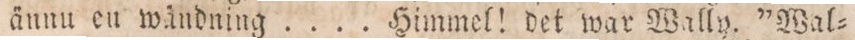
ännu en wändning .... Himmel! det war Wally. ”Wal=